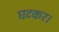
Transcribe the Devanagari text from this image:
घटकर।